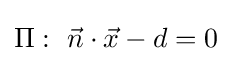
\Pi :~{\vec {n}}\cdot {\vec {x}}-d=0